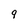
Character: 9